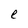
Character: e